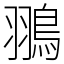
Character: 翵